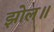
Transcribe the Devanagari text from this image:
झोल॥